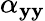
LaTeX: \alpha_{\mathbf{y}\mathbf{y}}